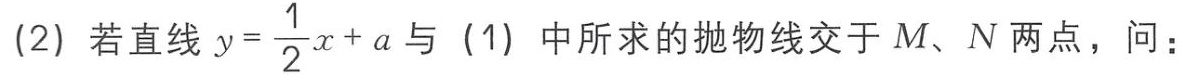
(2) 若直线 \(y = \frac{1}{2}x + a\) 与 (1) 中所求的抛物线交于 \(M、N\) 两点，问：